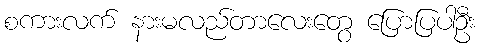
စကားလက် နားမလည်တာလေးတွေ ပြောပြပါဦး